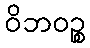
ဝိဘဝဉ္စ